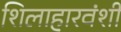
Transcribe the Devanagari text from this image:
शिलाहारवंशी